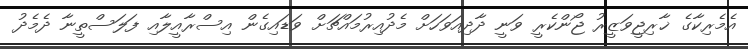
އެމެރިކާގެ ޚާރިޖީވަޒީރު ޖޯންކެރީ ވަނީ ދާދިއަވަހަށް މެދުއިރުމައްޗަށް ވަޑައިގެން އިސްރާއީލާއި ފަލަސްތީނާ ދެމެދު